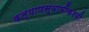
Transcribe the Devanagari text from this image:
कल्याणस्वामींकरवी